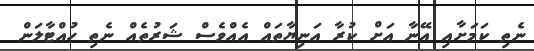
ނެތި ކަމަށާއި އޭނާ އަށް ކުރާ އަނިޔާތައް އެއްވެސް ޝަރުތެއް ނެތި ހުއްޓާލަން